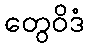
တွေဝိဒံ